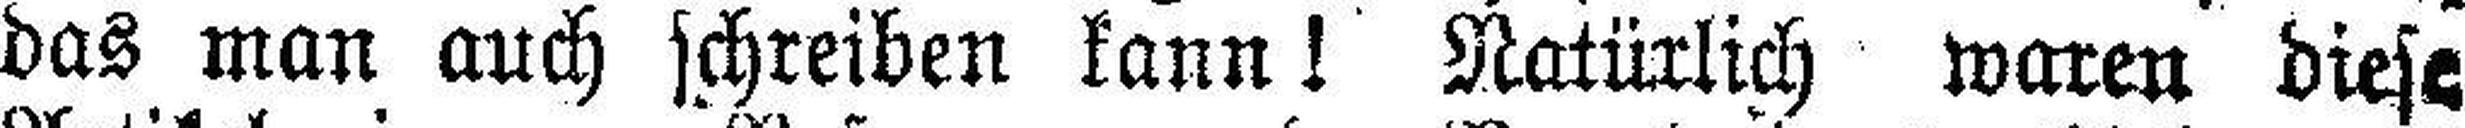
das man auch schreiben kann! Natürlich waren diese